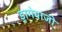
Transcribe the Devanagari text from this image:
ड्रामेबाजी